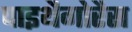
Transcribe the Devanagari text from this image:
पाइथैगोरैस